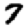
Digit: 7